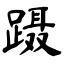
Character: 蹑